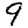
Digit: 9